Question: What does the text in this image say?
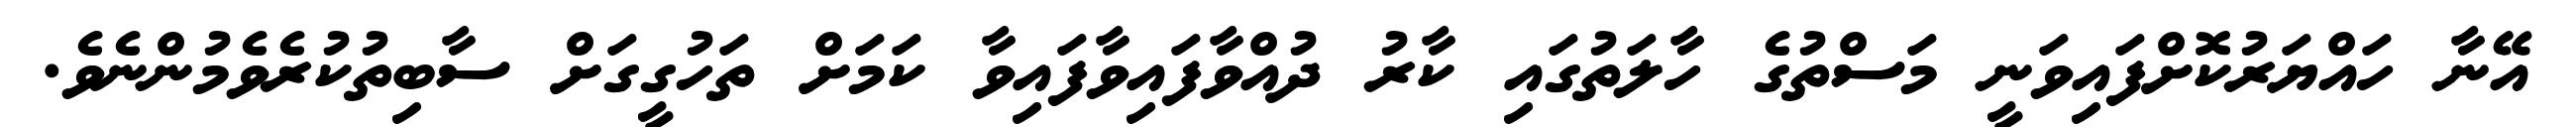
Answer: އޭނާ ހައްޔަރުކޮށްފައިވަނީ މަސްތުގެ ހާލަތުގައި ކާރު ދުއްވާފައިވާފައިވާ ކަމަށް ތަހުގީގަށް ސާބިތުކުރެވެމުންނެވެ.